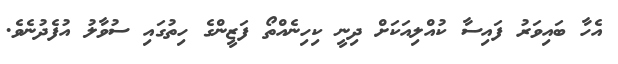
އެހާ ބައިވަރު ފައިސާ ކުއްލިއަކަށް ދިނީ ކިހިނެއްތޯ ފަޒީންގެ ހިތުގައި ސުވާލު އުފެދުނެވެ.